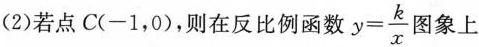
(2)若点C(-1，0)，则在反比例函数 $$y = \frac { k } { x }$$ 图象上